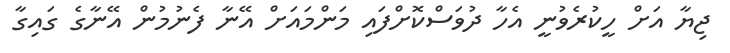
ޖިޔާ އަށް ހީކުރެވުނީ އެހާ ދުވަސްކޮށްފައި މަންމައަށް އޭނާ ފެނުމުން އޭނާގެ ގައިގާ